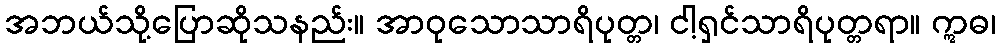
အဘယ်သို့ပြောဆိုသနည်း။ အာဝုသောသာရိပုတ္တ၊ ငါ့ရှင်သာရိပုတ္တရာ။ ဣဓ၊